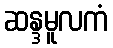
ဆန္ဒမူလကံ